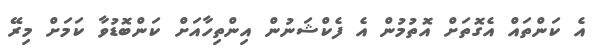
އެ ކަންތައް އެގޮތަށް އޮތުމުން އެ ފެކްޝަނުން އިންތިހާއަށް ކަންބޮޑުވާ ކަމަށް މިރޭ